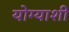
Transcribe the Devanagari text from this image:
योग्याशी